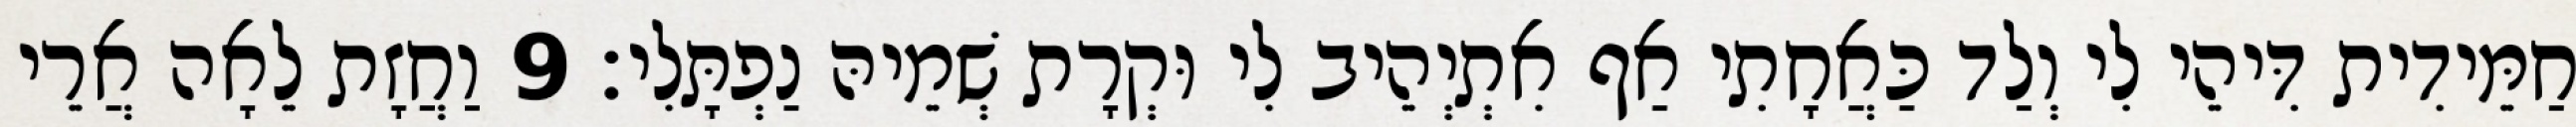
חַמֵּידִית דִּיהֵי לִי וְלַד כַּאֲחָתִי אַף אִתְיְהֵיב לִי וּקְרָת שְׁמֵיהּ נַפְתָּלִי׃ 9 וַחֲזָת לֵאָה אֲרֵי